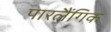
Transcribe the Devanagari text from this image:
पारलैंगिक